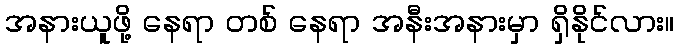
အနားယူဖို့ နေရာ တစ် နေရာ အနီးအနားမှာ ရှိနိုင်လား။